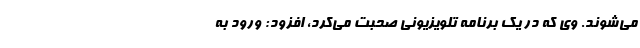
می‌شوند. وی که در یک برنامه تلویزیونی صحبت می‌کرد، افزود: ورود به